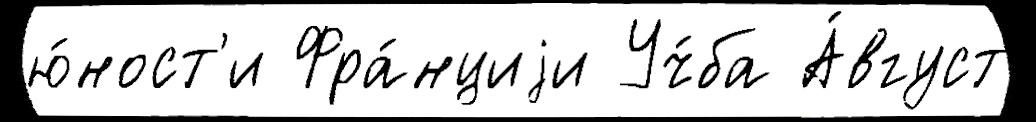
ю́ност'и Фра́нциjи Уч́ба А́вгуст